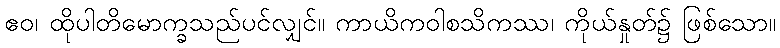
ဧဝ၊ ထိုပါတိမောက္ခသည်ပင်လျှင်။ ကာယိကဝါစသိကဿ၊ ကိုယ်နှုတ်၌ ဖြစ်သော။